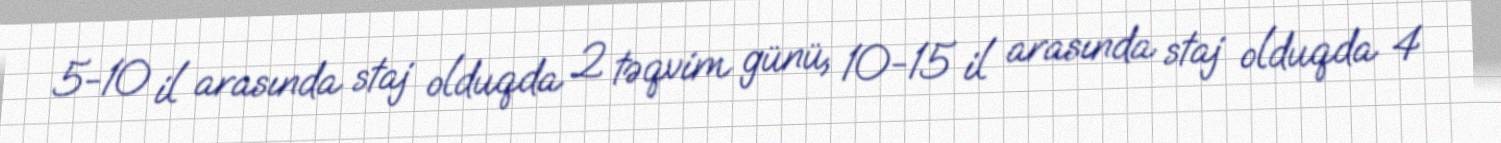
5-10 il arasında staj olduqda 2 təqvim günü, 10-15 il arasında staj olduqda 4